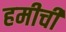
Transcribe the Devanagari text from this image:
हमीची